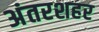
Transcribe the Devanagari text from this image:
अंतरशहर